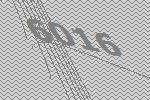
6016